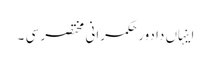
اینہاں دا دور حکمرانی مختصر سی ۔